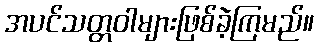
အပင်သတ္တဝါများဖြစ်ခဲ့ကြမည်။